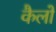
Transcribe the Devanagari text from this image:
कैलों